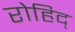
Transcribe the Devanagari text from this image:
रोहिद्